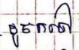
ដូចតទៅ